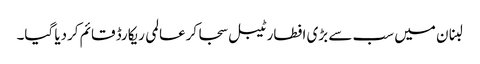
لبنان میں سب سے بڑی افطار ٹیبل سجا کرعالمی ریکارڈ قائم کردیا گیا۔